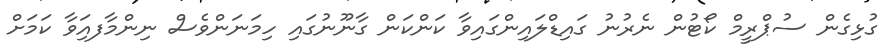
ގުޅިގެން ސުޕްރީމް ކޯޓުން ނެރުނު ގައިޑްލައިންގައިވާ ކަންކަން ގާނޫނުގައި ހިމަނަންވެސް ނިންމާފއަިވާ ކަމަށް